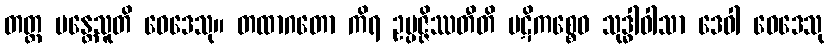
တတ္ထ မန္တေသူတိ ဝေဒေသု။ တထာဂတော ကိရ ဥပ္ပဇ္ဇိဿတီတိ ပဋိကစ္စေဝ သုဒ္ဓါဝါသာ ဒေဝါ ဝေဒေသု